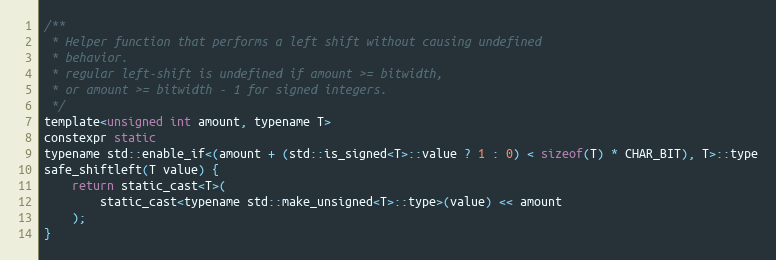
Language: C
/**
 * Helper function that performs a left shift without causing undefined
 * behavior.
 * regular left-shift is undefined if amount >= bitwidth,
 * or amount >= bitwidth - 1 for signed integers.
 */
template<unsigned int amount, typename T>
constexpr static
typename std::enable_if<(amount + (std::is_signed<T>::value ? 1 : 0) < sizeof(T) * CHAR_BIT), T>::type
safe_shiftleft(T value) {
	return static_cast<T>(
		static_cast<typename std::make_unsigned<T>::type>(value) << amount
	);
}